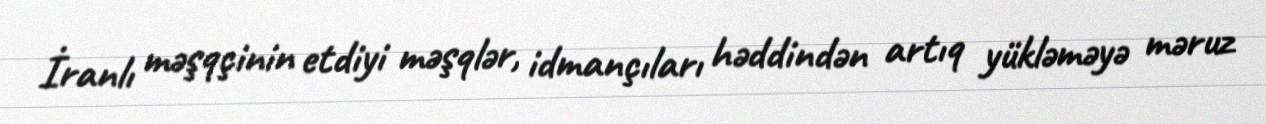
İranlı məşqçinin etdiyi məşqlər, idmançıları həddindən artıq yükləməyə məruz